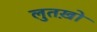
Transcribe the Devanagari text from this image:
लुतख़ो